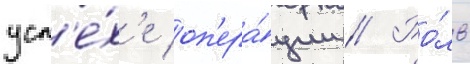
усп'е́х'е оп'ера́ции // Ро́ль